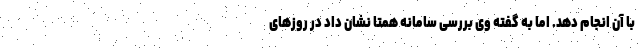
با آن انجام دهد. اما به گفته وی بررسی سامانه همتا نشان داد در روزهای